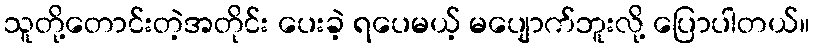
သူတို့တောင်းတဲ့အတိုင်း ပေးခဲ့ ရပေမယ့် မပျောက်ဘူးလို့ ပြောပါတယ်။